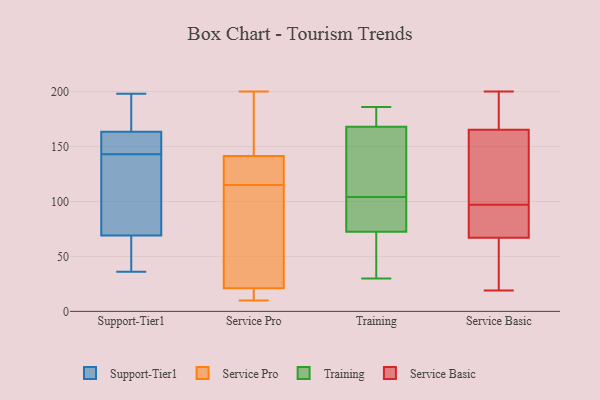
{"axis": {"x": "Customer Acquisition Cost (USD)", "y": "Value"}, "legend": ["Service Basic", "Service Pro", "Support-Tier1", "Training"], "data": [{"x": "", "y": 168, "type": "Support-Tier1"}, {"x": "", "y": 149, "type": "Support-Tier1"}, {"x": "", "y": 45, "type": "Support-Tier1"}, {"x": "", "y": 171, "type": "Support-Tier1"}, {"x": "", "y": 152, "type": "Support-Tier1"}, {"x": "", "y": 137, "type": "Support-Tier1"}, {"x": "", "y": 81, "type": "Support-Tier1"}, {"x": "", "y": 57, "type": "Support-Tier1"}, {"x": "", "y": 36, "type": "Support-Tier1"}, {"x": "", "y": 111, "type": "Support-Tier1"}, {"x": "", "y": 159, "type": "Support-Tier1"}, {"x": "", "y": 198, "type": "Support-Tier1"}, {"x": "", "y": 16, "type": "Service Pro"}, {"x": "", "y": 130, "type": "Service Pro"}, {"x": "", "y": 117, "type": "Service Pro"}, {"x": "", "y": 125, "type": "Service Pro"}, {"x": "", "y": 198, "type": "Service Pro"}, {"x": "", "y": 143, "type": "Service Pro"}, {"x": "", "y": 113, "type": "Service Pro"}, {"x": "", "y": 63, "type": "Service Pro"}, {"x": "", "y": 21, "type": "Service Pro"}, {"x": "", "y": 15, "type": "Service Pro"}, {"x": "", "y": 21, "type": "Service Pro"}, {"x": "", "y": 10, "type": "Service Pro"}, {"x": "", "y": 200, "type": "Service Pro"}, {"x": "", "y": 89, "type": "Service Pro"}, {"x": "", "y": 140, "type": "Service Pro"}, {"x": "", "y": 149, "type": "Service Pro"}, {"x": "", "y": 45, "type": "Training"}, {"x": "", "y": 128, "type": "Training"}, {"x": "", "y": 86, "type": "Training"}, {"x": "", "y": 172, "type": "Training"}, {"x": "", "y": 182, "type": "Training"}, {"x": "", "y": 83, "type": "Training"}, {"x": "", "y": 30, "type": "Training"}, {"x": "", "y": 165, "type": "Training"}, {"x": "", "y": 120, "type": "Training"}, {"x": "", "y": 179, "type": "Training"}, {"x": "", "y": 186, "type": "Training"}, {"x": "", "y": 169, "type": "Training"}, {"x": "", "y": 104, "type": "Training"}, {"x": "", "y": 49, "type": "Training"}, {"x": "", "y": 37, "type": "Training"}, {"x": "", "y": 70, "type": "Training"}, {"x": "", "y": 84, "type": "Training"}, {"x": "", "y": 80, "type": "Training"}, {"x": "", "y": 112, "type": "Training"}, {"x": "", "y": 19, "type": "Service Basic"}, {"x": "", "y": 97, "type": "Service Basic"}, {"x": "", "y": 138, "type": "Service Basic"}, {"x": "", "y": 86, "type": "Service Basic"}, {"x": "", "y": 151, "type": "Service Basic"}, {"x": "", "y": 188, "type": "Service Basic"}, {"x": "", "y": 200, "type": "Service Basic"}, {"x": "", "y": 114, "type": "Service Basic"}, {"x": "", "y": 67, "type": "Service Basic"}, {"x": "", "y": 141, "type": "Service Basic"}, {"x": "", "y": 67, "type": "Service Basic"}, {"x": "", "y": 199, "type": "Service Basic"}, {"x": "", "y": 93, "type": "Service Basic"}, {"x": "", "y": 46, "type": "Service Basic"}, {"x": "", "y": 82, "type": "Service Basic"}, {"x": "", "y": 57, "type": "Service Basic"}, {"x": "", "y": 175, "type": "Service Basic"}, {"x": "", "y": 170, "type": "Service Basic"}, {"x": "", "y": 59, "type": "Service Basic"}]}